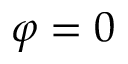
\varphi = 0